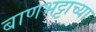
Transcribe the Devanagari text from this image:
बाणभट्टाच्या